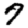
Digit: 7